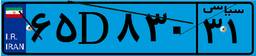
۶۵D۸۳۰۳۱